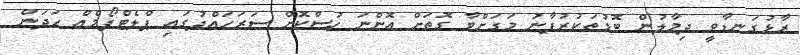
ރާޅުގަނޑާވީ ދިމާލުން ބޮޑުތަކުރުފާނު މަގަށްވާ ގޮތަށް އޮންނަ ހުސްކޮށް ސަރަހައްދުގައި ޕްލެޓްފޯމެއް ހަދަން